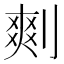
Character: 𠞮